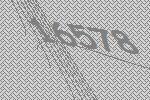
16578